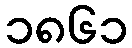
၁၈၆၁